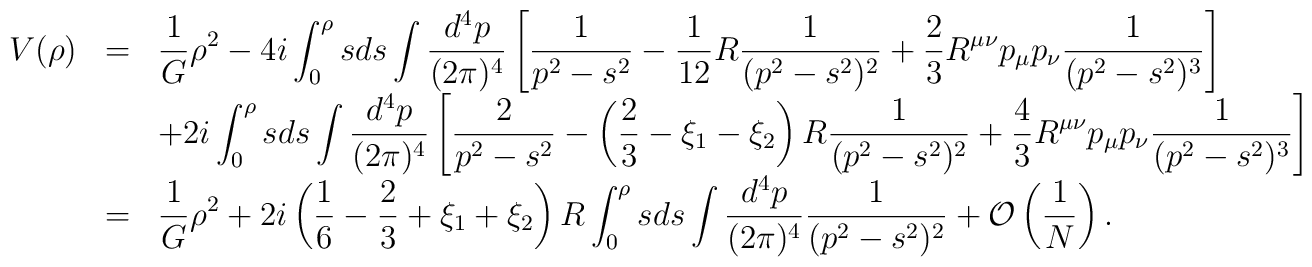
\begin{array}{rcl}     \displaystyle V(\rho)&=&     \displaystyle \frac{1}{G}\rho^{2}      -4 i \int^{\rho}_{0}sds       \int \frac{d^{4}p}{(2\pi)^{4}}\left[       \frac{1}{p^{2}-s^{2}}       -\frac{1}{12}R\frac{1}{(p^{2}-s^{2})^{2}}       +\frac{2}{3}R^{\mu\nu}p_{\mu}p_{\nu}       \frac{1}{(p^{2}-s^{2})^{3}}\right]\\     &&\displaystyle +2 i \int^{\rho}_{0}sds       \int \frac{d^{4}p}{(2\pi)^{4}}\left[       \frac{2}{p^{2}-s^{2}}       -\left(\frac{2}{3}-\xi_{1}-\xi_{2} \right)       R\frac{1}{(p^{2}-s^{2})^{2}}       +\frac{4}{3}R^{\mu\nu}p_{\mu}p_{\nu}       \frac{1}{(p^{2}-s^{2})^{3}}\right]\\     &=&\displaystyle \frac{1}{G}\rho^{2}       +2 i  \left(\frac{1}{6}-\frac{2}{3}+\xi_{1}+\xi_{2}\right)R       \int^{\rho}_{0}sds       \int \frac{d^{4}p}{(2\pi)^{4}}       \frac{1}{(p^{2}-s^{2})^{2}}       +{\cal O}\left(\frac{1}{N}\right).\end{array}